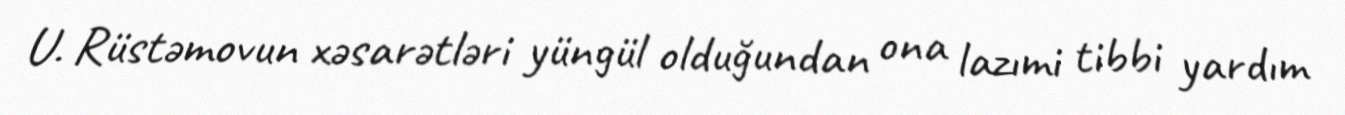
U. Rüstəmovun xəsarətləri yüngül olduğundan ona lazımi tibbi yardım